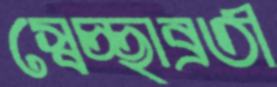
স্বেচ্ছাব্রতী